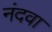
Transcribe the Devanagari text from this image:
नंदवा